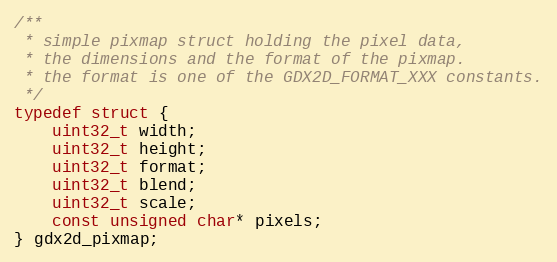
Language: C
/**
 * simple pixmap struct holding the pixel data,
 * the dimensions and the format of the pixmap.
 * the format is one of the GDX2D_FORMAT_XXX constants.
 */
typedef struct {
	uint32_t width;
	uint32_t height;
	uint32_t format;
	uint32_t blend;
	uint32_t scale;
	const unsigned char* pixels;
} gdx2d_pixmap;